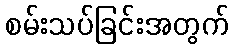
စမ်းသပ်ခြင်းအတွက်